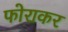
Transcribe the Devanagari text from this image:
फोराकर